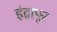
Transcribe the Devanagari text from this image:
इंद्रापूर